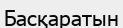
Басқаратын